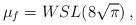
LaTeX: \begin{align*} \mu_f=WSL(8\sqrt\pi)\,,\end{align*}